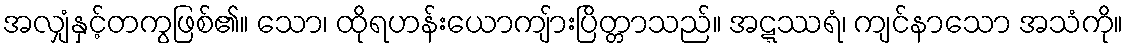
အလျှံနှင့်တကွဖြစ်၏။ သော၊ ထိုရဟန်းယောကျ်ားပြိတ္တာသည်။ အဋ္ဋဿရံ၊ ကျင်နာသော အသံကို။